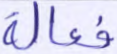
فعالة